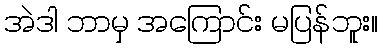
အဲဒါ ဘာမှ အကြောင်း မပြန်ဘူး။